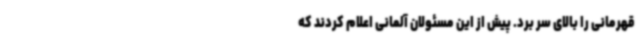
قهرمانی را بالای سر برد. پیش از این مسئولان آلمانی اعلام کردند که